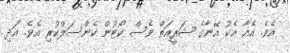
އެވެ. އެއާ އެކު އޭނާގެ ޝަރީއަތް ވެސް ކޯޓުން ކެންސަލްކުރި އެވެ. އަދި